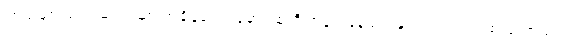
ကြယ်များသည် ဆည်းဆာ အချိန်၏ အမှောင်ထုကို အန်တုနေသည့်နှယ် လင်းလက်စ ပြုလာသည်။